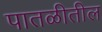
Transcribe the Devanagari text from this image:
पातळीतील